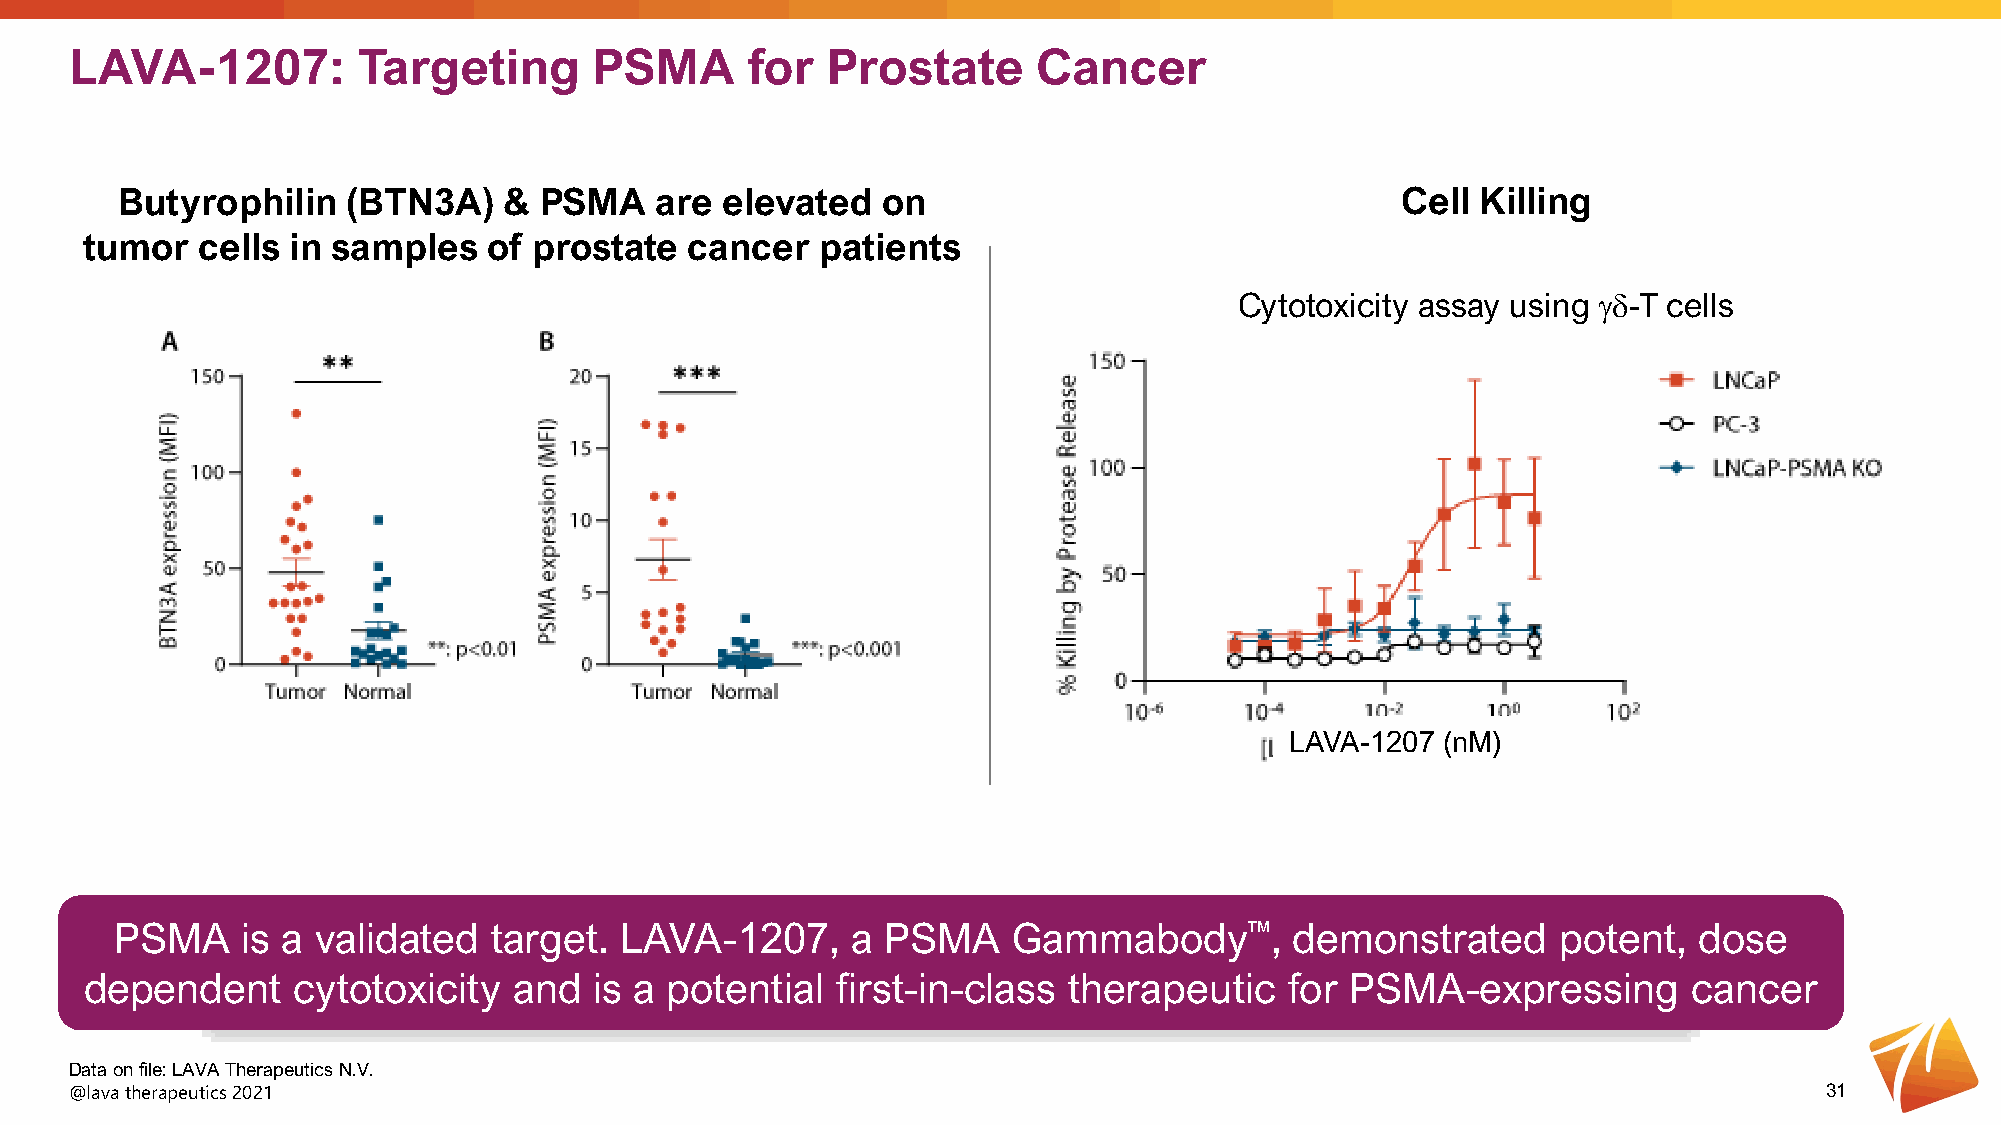
LAVA-1207:         Targeting      PSMA      for   Prostate      Cancer
 Butyrophilin   (BTN3A)   &  PSMA   are  elevated  on                                 Cell Killing
 tumor  cells in samples   of prostate   cancer  patients
 Cytotoxicity assay using γδ-T cells
 LAVA-1207 (nM)
 PSMA    is a validated   target. LAVA-1207,     a  PSMA    Gammabody™,        demonstrated     potent,  dose
 dependent    cytotoxicity   and  is a potential  first-in-class  therapeutic   for PSMA-expressing        cancer
 Data on file: LAVA Therapeutics N.V.
 @lava therapeutics 2021                                                                                             31